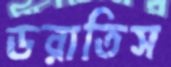
ডরাতিস